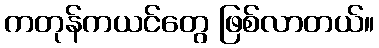
ကတုန်ကယင်တွေ ဖြစ်လာတယ်။